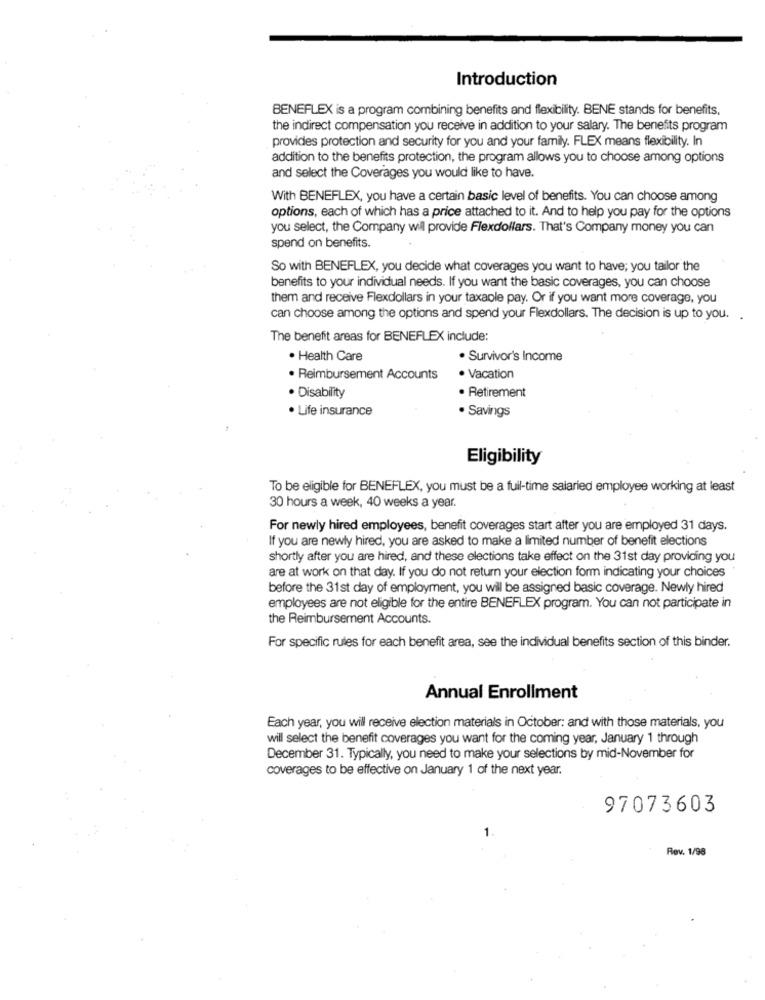
Introduction
BENEFLEX is a program combining benefits and flexibility. BENE stands for benefits,
the indirect compensation you receive in addition to your salary. The benefits program
provides protection and security for you and your family. FLEX means flexibility. In
addition to the benefits protection, the program allows you to choose among options
and select the Coverages you would like to have.
With BENEFLEX, you have a certain basic level of benefits. You can choose among
options, each of which has a price attached to it. And to help you pay for the options
you select, the Company wil provide Flexdollars. That's Company money you can
spend on benefits.
So with BENEFLEX, you decide what coverages you want to have; you tailor the
benefits to your individual needs. If you want the basic coverages, you can choose
them and receive Flexdollars in your taxaole pay. Or if you want more coverage, you
can choose among the options and spend your Flexdollars. The decision is up to you.
The benefit areas for BENEFLEX include:
. Health Care
. Survivor's Income
· Reimbursement Accounts
· Vacation
· Disability
· Retirement
· Life insurance
. Savings
Eligibility
To be eligible for BENEFLEX, you must be a full-time salaried employee working at least
30 hours a week, 40 weeks a year.
For newly hired employees, benefit coverages start after you are employed 31 days.
If you are newly hired, you are asked to make a limited number of benefit elections
shortly after you are hired, and these elections take effect on the 31st day providing you
are at work on that day. If you do not return your election form indicating your choices
before the 31st day of employment, you will be assigned basic coverage. Newly hired
employees are not eligible for the entire BENEFLEX program. You can not participate in
the Reimbursement Accounts.
For specific rules for each benefit area, see the individual benefits section of this binder.
Annual Enrollment
Each year, you will receive election materials in October: and with those materials, you
will select the benefit coverages you want for the coming year, January 1 through
December 31. Typically, you need to make your selections by mid-November for
coverages to be effective on January 1 of the next year.
97073603
1.
Rev. 1/98